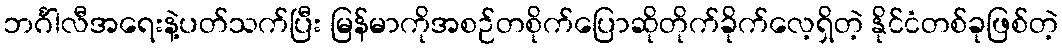
ဘင်္ဂါလီအရေးနဲ့ပတ်သက်ပြီး မြန်မာကိုအစဉ်တစိုက်ပြောဆိုတိုက်ခိုက်လေ့ရှိတဲ့ နိုင်ငံတစ်ခုဖြစ်တဲ့